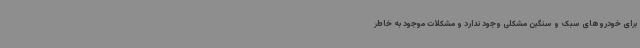
برای خودروهای سبک و سنگین مشکلی وجود ندارد و مشکلات موجود به خاطر